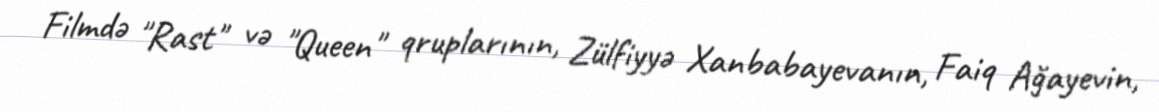
Filmdə "Rast" və "Queen" qruplarının, Zülfiyyə Xanbabayevanın, Faiq Ağayevin,